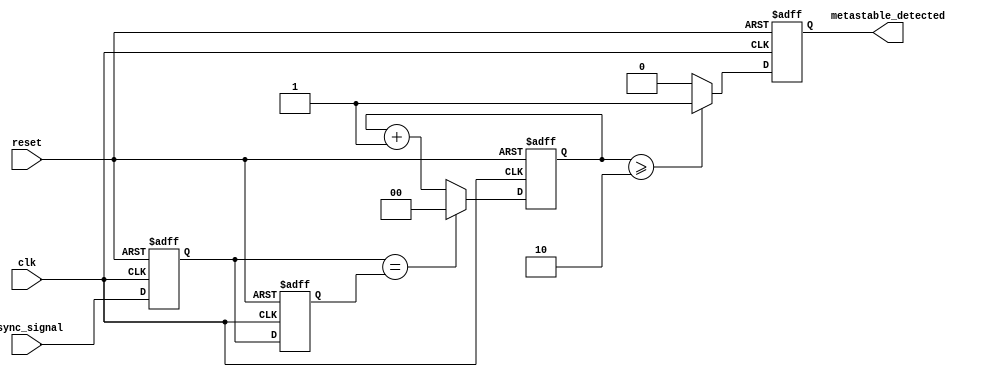
module metastability_detector #(
    parameter LATCH_DELAY = 2, // Number of clock cycles to check for stability
    parameter WIDTH = 1         // Width of the data signal
)(
    input wire clk,             // Stable clock signal
    input wire async_signal,    // Asynchronous input signal which may become metastable
    input wire reset,           // Reset signal to initialize the system
    output reg metastable_detected // Output indicator for metastability
);

    // Two latches to capture the asynchronous signal
    reg [WIDTH-1:0] latch1, latch2;
    reg [WIDTH-1:0] latch1_stable, latch2_stable;
    reg [LATCH_DELAY-1:0] stability_counter; // Counter to check stability

    // Latch operation
    always @(posedge clk or posedge reset) begin
        if (reset) begin
            latch1 <= 0;
            latch2 <= 0;
            latch1_stable <= 0;
            latch2_stable <= 0;
            stability_counter <= 0;
            metastable_detected <= 0;
        end else begin
            // First latch captures the async signal
            latch1 <= async_signal;

            // Second latch captures the output of the first latch
            latch2 <= latch1;

            // Stability monitoring
            if (latch1 == latch2) begin
                // If both latches are the same, reset the stability counter
                stability_counter <= 0;
                latch1_stable <= latch1; // Update stable latch output
                latch2_stable <= latch2; // Update stable latch output
            end else begin
                // If the latches differ, increment the stability counter
                stability_counter <= stability_counter + 1;
            end

            // Check for metastability detection
            if (stability_counter >= LATCH_DELAY) begin
                metastable_detected <= 1; // Metastable condition detected
            end else begin
                metastable_detected <= 0; // No metastable condition
            end
        end
    end
endmodule